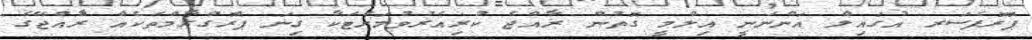
ޕޮރޮފެސަރ އުގައިލް އަންނަނީ އިލްމީ ގޮތުން ރާއްޖެ ކުރިއެރުވުމަށްޓަކާ ގިނަ ޕްރޮގްރާމްތަކެއްް ރާްއްޖޭގެ